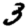
Digit: 3